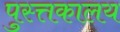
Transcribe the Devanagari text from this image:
पुस्त्तकालय